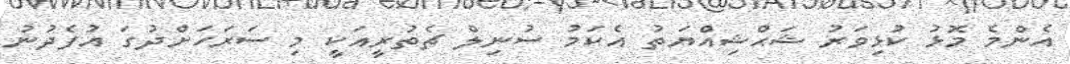
އެންމެ މޮޅު ކުޅިވަރު ޝަޙްޝިއްޔަތު އެކަމު ސުނިލް ޗެތުރީއަކީ މި ސަރަހަށްދުގަ އުފެދުނު